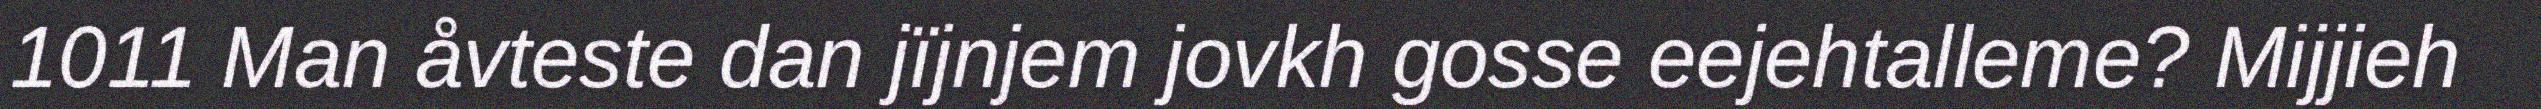
1011 Man åvteste dan jïjnjem jovkh gosse eejehtalleme? Mijjieh